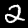
Digit: 2